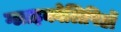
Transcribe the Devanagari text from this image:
ग्लाइकोलिपिडों